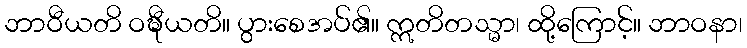
ဘာဝီယတိ ဝဍ္ဎီယတိ။ ပွားစေအပ်၏။ ဣတိတသ္မာ၊ ထို့ကြောင့်။ ဘာဝနာ၊